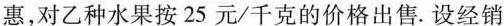
惠，对乙种水果按25元/千克的价格出售.设经销